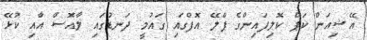
އޭޝިއަން ކަޕް ކޮލިފައިންގެ ޕްލޭ އޮފްގައި ގައުމީ ދަނޑުގައި ލާއޮސް އާއި ކުޅޭ